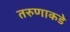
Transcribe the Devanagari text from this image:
तरुणाकडे